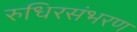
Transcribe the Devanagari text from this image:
रुधिरसंभरण